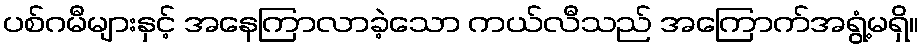
ပစ်ဂမီများနှင့် အနေကြာလာခဲ့သော ကယ်လီသည် အကြောက်အရွံ့မရှိ။